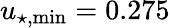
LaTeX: u_{\star,\mathrm{min}}=0.275